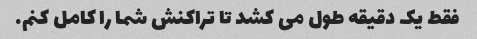
فقط یک دقیقه طول می کشد تا تراکنش شما را کامل کنم.